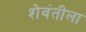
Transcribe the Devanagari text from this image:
शेवंतीला